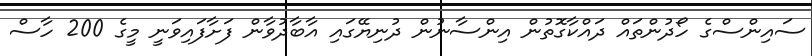
ސައިންސްގެ ހޯދުންތައް ދައްކާގޮތުން އިންސާނުން ދުނިޔޭގައި އާބާދުވާން ފަށާފައިވަނީ މީގެ 200 ހާސް